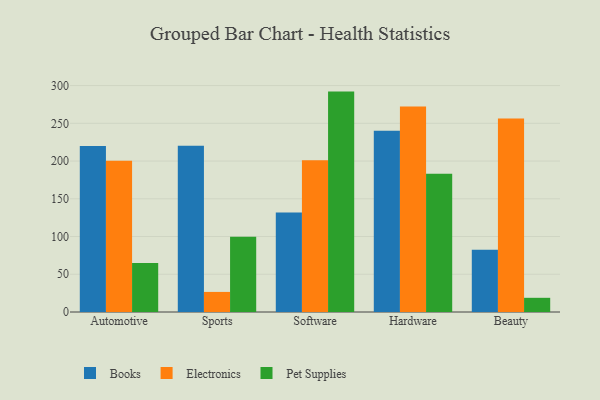
{"axis": {"x": "Category", "y": "Satisfaction Score"}, "legend": ["Books", "Electronics", "Pet Supplies"], "data": [{"x": "Automotive", "y": 219.8, "type": "Books"}, {"x": "Automotive", "y": 200.5, "type": "Electronics"}, {"x": "Automotive", "y": 64.9, "type": "Pet Supplies"}, {"x": "Sports", "y": 220.3, "type": "Books"}, {"x": "Sports", "y": 26.6, "type": "Electronics"}, {"x": "Sports", "y": 99.8, "type": "Pet Supplies"}, {"x": "Software", "y": 131.7, "type": "Books"}, {"x": "Software", "y": 201.2, "type": "Electronics"}, {"x": "Software", "y": 292.0, "type": "Pet Supplies"}, {"x": "Hardware", "y": 240.2, "type": "Books"}, {"x": "Hardware", "y": 272.4, "type": "Electronics"}, {"x": "Hardware", "y": 183.2, "type": "Pet Supplies"}, {"x": "Beauty", "y": 82.5, "type": "Books"}, {"x": "Beauty", "y": 256.5, "type": "Electronics"}, {"x": "Beauty", "y": 18.8, "type": "Pet Supplies"}]}